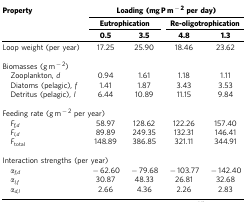
<table><thead><tr><td><b>Property</b></td><td colspan="4"><b>Loading (mg P m<sup>−2</sup> per day)</b></td></tr><tr><td><b> </b></td><td colspan="2"><b>Eutrophication</b></td><td colspan="2"><b>Re-oligotrophication</b></td></tr><tr><td><b> </b></td><td><b>0.5</b></td><td><b>3.5</b></td><td><b>4.8</b></td><td><b>1.3</b></td></tr></thead><tbody><tr><td>Loop weight (per year)</td><td>17.25</td><td>25.90</td><td>18.46</td><td>23.62</td></tr><tr><td> </td><td> </td><td> </td><td> </td><td> </td></tr><tr><td colspan="5">Biomasses (g m<sup>−2</sup>)</td></tr><tr><td><i> </i>Zooplankton, <i>d</i></td><td>0.94</td><td>1.61</td><td>1.18</td><td>1.11</td></tr><tr><td><i> </i>Diatoms (pelagic), <i>f</i></td><td>1.41</td><td>1.87</td><td>3.43</td><td>3.53</td></tr><tr><td><i> </i>Detritus (pelagic), <i>l</i></td><td>6.44</td><td>10.89</td><td>11.15</td><td>9.84</td></tr><tr><td> </td><td> </td><td> </td><td> </td><td> </td></tr><tr><td colspan="5">Feeding rate (g m<sup>−2</sup> per year)</td></tr><tr><td><i> F</i><sub><i>f,d</i></sub></td><td>58.97</td><td>128.62</td><td>122.26</td><td>157.40</td></tr><tr><td><i> F</i><sub><i>l,d</i></sub></td><td>89.89</td><td>249.35</td><td>132.31</td><td>146.41</td></tr><tr><td><i> F</i><sub>total</sub></td><td>148.89</td><td>386.85</td><td>321.11</td><td>344.91</td></tr><tr><td> </td><td> </td><td> </td><td> </td><td> </td></tr><tr><td colspan="5">Interaction strengths (per year)</td></tr><tr><td><i> α</i><sub><i>f,d</i></sub></td><td>−62.60</td><td>−79.68</td><td>−103.77</td><td>−142.40</td></tr><tr><td><i> α</i><sub><i>l,f</i></sub></td><td>30.87</td><td>48.33</td><td>26.81</td><td>32.68</td></tr><tr><td><i> α</i><sub><i>d,l</i></sub></td><td>2.66</td><td>4.36</td><td>2.26</td><td>2.83</td></tr></tbody></table>